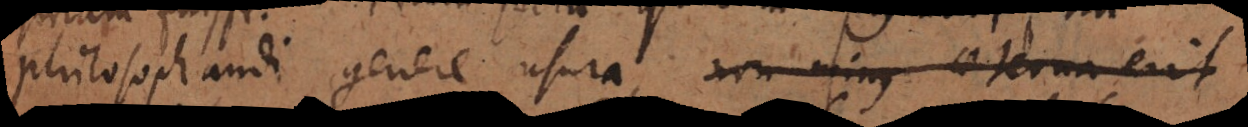
philosophandi genere usura non minus aeterna erit